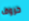
حروف